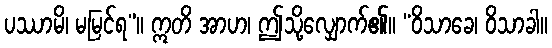
ပဿာမိ၊ မမြင်ရ”။ ဣတိ အာဟ၊ ဤသို့လျှောက်၏။ “ဝိသာခေ၊ ဝိသာခါ။